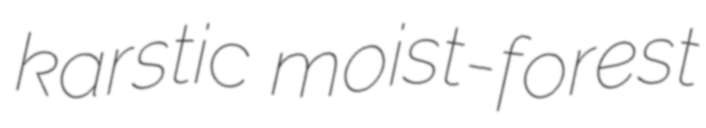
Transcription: karstic moist-forest